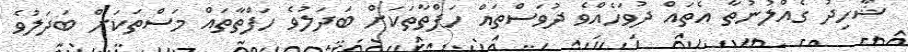
ޝާހިދު ގެއްލުނުތާ އެތައް ދުވަހެއްވެ ދުވަސްތައް ހަފްތާތަކަށް ބަދަލުވެ ހަފްތާތައް މަސްތަކަށް ބަދަލުވެ